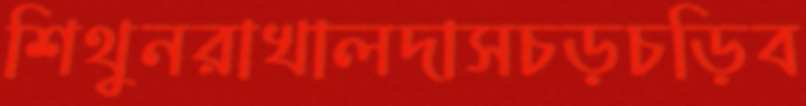
শিথুনরাখালদাসচড়চড়িব